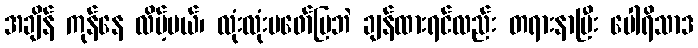
အချိန် ကုန်နေ လိမ့်မယ်၊ လုံးလုံးမဖော်ပြဘဲ ချန်ထားရင်လည်း တရားနာပြီး ပေါရိသာဒ